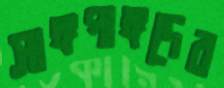
সাঙ্গপাঙ্গদের